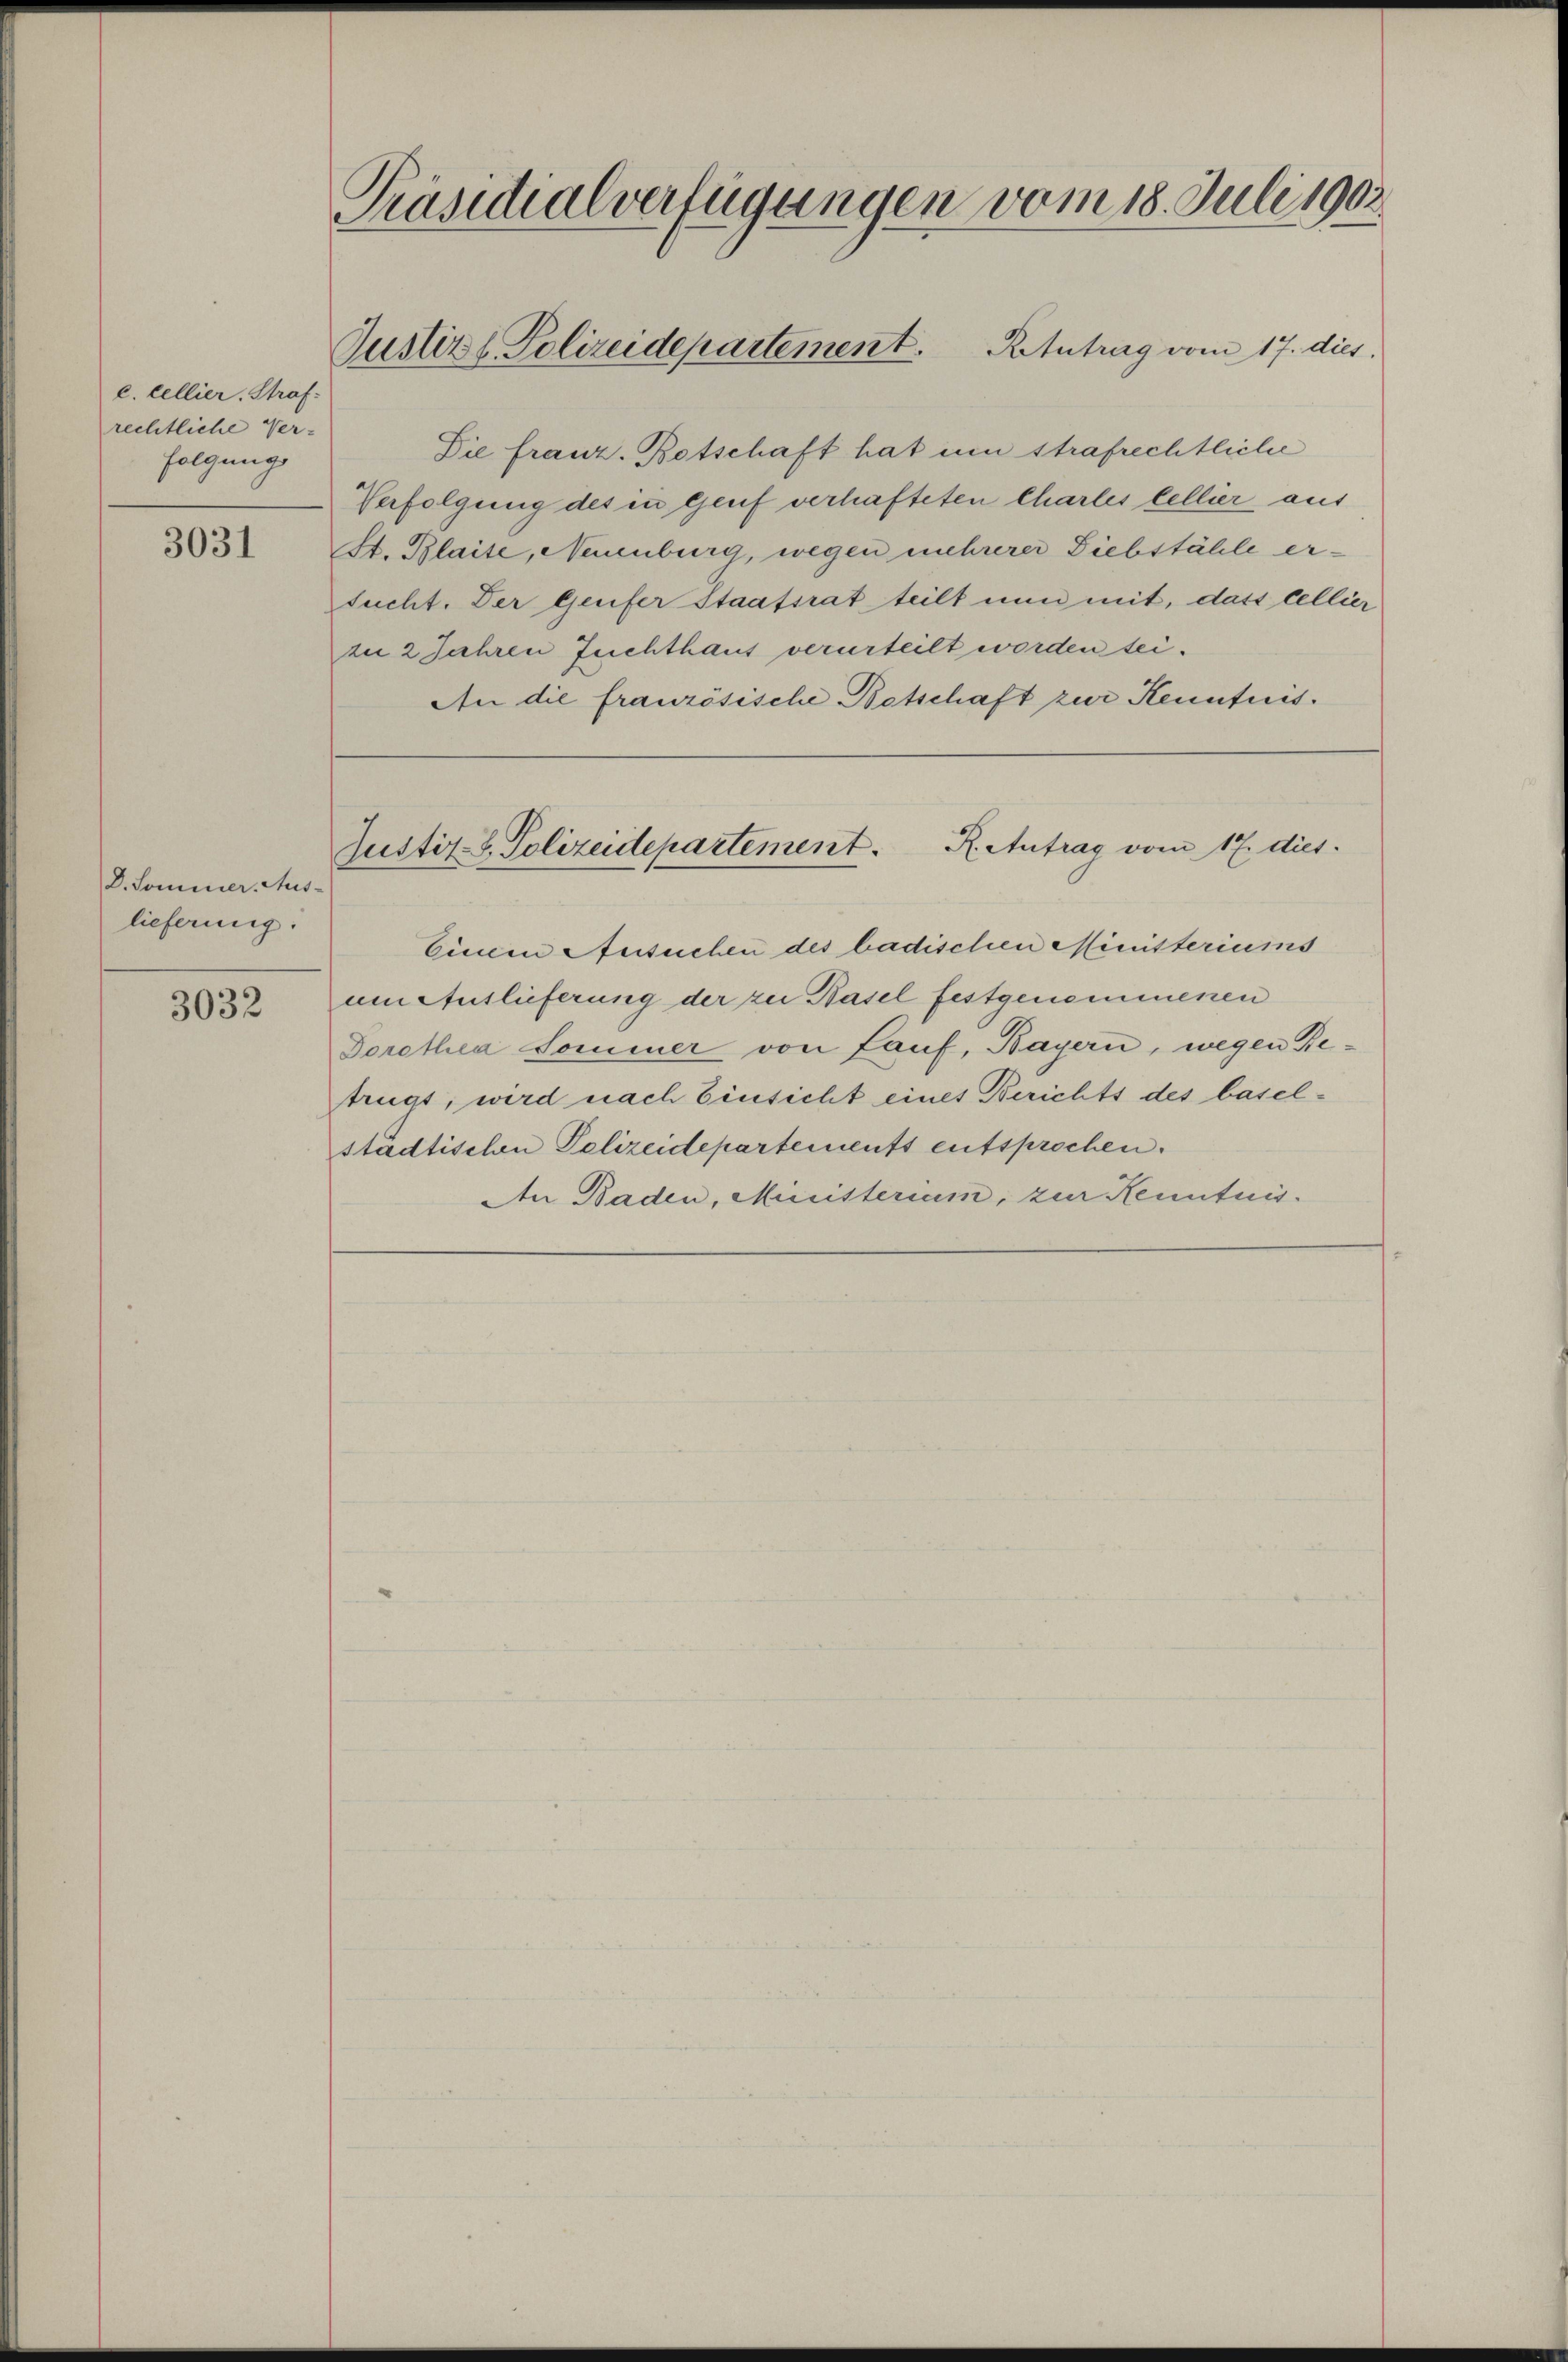
c. tellier. Straf-
rechtliche Ver-
folgungs

3031

D. Sommer. Aus-
lieferung:

3032

Präsidialverfügungen vom 18. Juli 1903.

Die franz. Betschaft hat um strafrechtliche
Verfolgung des in Genf verhafteten Chartes tellier aus
S. Blaise, Neuenburg, wegen mehrerer Diebstähle ersucht. Der Genfer Staatsrat teilt nun mit, dass cellier
in 2 Jahren Zuchthaus verurteilt worden sei.
An die französische Betschaft zur Kenntnis¬

Justiz & Polizeidepartement. Retutrag vom 17. dies

Justiz-S. Polizeidepartement. Reutrag vom 17. dies

Einem Ansuchen des badischen Ministeriums
uen Auslieferung der zu Basel festgenommenen
Dorothea Sommer von Lauf, Bayern, wegen Retrügt, wird nach Einsicht eines Berichts des baselstädtischen Polizeidepartements entsprochen.
An Baden, Ministerium, zur Kenntnis¬